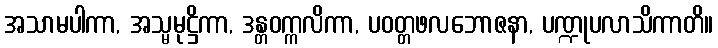
အသာမပါကာ, အသ္မမုဋ္ဌိကာ, ဒန္တဝက္ကလိကာ, ပဝတ္တဖလဘောဇနာ, ပဏ္ဍုပလာသိကာတိ။